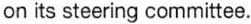
on its steering committee.